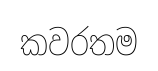
කවරතම